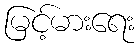
မြင့်မားရေး